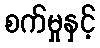
စက်မှုနှင့်